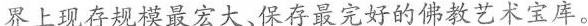
界上现存规模最宏大、保存最完好的佛教艺术宝库。